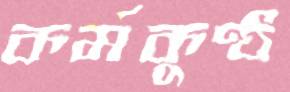
কর্মকুণ্ঠ